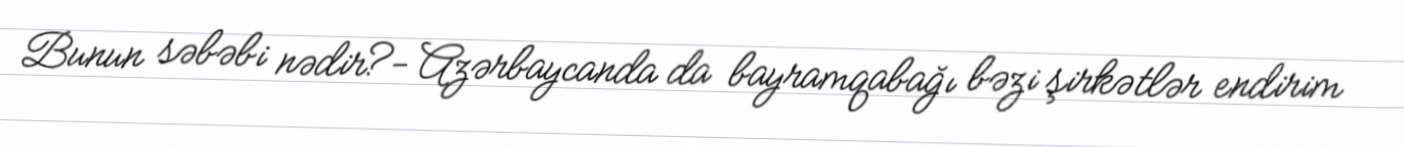
Bunun səbəbi nədir?- Azərbaycanda da bayramqabağı bəzi şirkətlər endirim